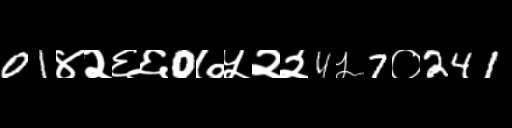
Text: 01४२६६0७५२२4५7०241